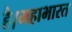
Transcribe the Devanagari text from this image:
है।महाभारत